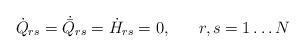
LaTeX: \begin{align*}\dot{Q}_{rs} = \dot{\bar{Q}}_{rs} = \dot{H}_{rs} = 0, \;\;\;\;\;\; r,s = 1 \ldots N\end{align*}